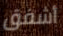
أشفق